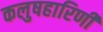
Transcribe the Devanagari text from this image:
कलुषहारिणी